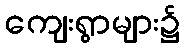
ကျေးရွာများ၌